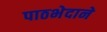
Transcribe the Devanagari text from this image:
पाठभेदाने